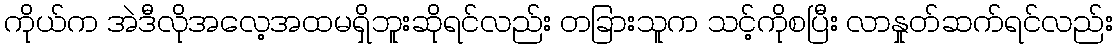
ကိုယ်က အဲဒီလိုအလေ့အထမရှိဘူးဆိုရင်လည်း တခြားသူက သင့်ကိုစပြီး လာနှုတ်ဆက်ရင်လည်း